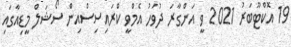
19 އޮކްޓޫބަރު 2021 ވީ އަންގާރަ ދުވަހު އެމްވީ ކްރައިސިސްއިން ސޯޝަލް މީޑިއާގައި